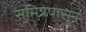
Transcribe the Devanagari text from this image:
सुमित्रेपासून